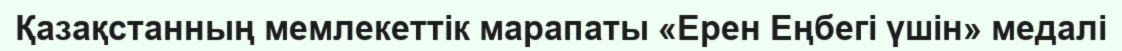
Қазақстанның мемлекеттік марапаты «Ерен Еңбегі үшін» медалі